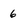
Character: 6